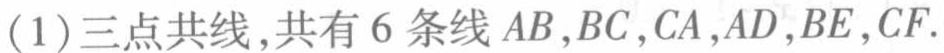
(1)三点共线,共有6条线$AB,BC,CA,AD,BE,CF.$